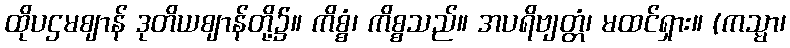
ထိုပဌမဈာန် ဒုတိယဈာန်တို့၌။ ကိစ္စံ၊ ကိစ္စသည်။ အပရိဗျတ္တံ၊ မထင်ရှား။ (ကသ္မာ၊